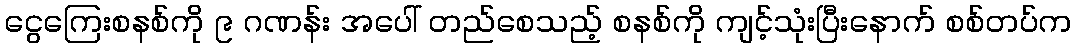
ငွေကြေးစနစ်ကို ၉ ဂဏန်း အပေါ် တည်စေသည့် စနစ်ကို ကျင့်သုံးပြီးနောက် စစ်တပ်က